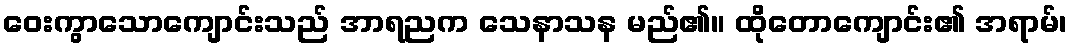
ဝေးကွာသောကျောင်းသည် အာရညက သေနာသန မည်၏။ ထိုတောကျောင်း၏ အရာမ်၊